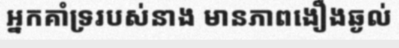
អ្នកគាំទ្ររបស់នាង មានភាពងឿងឆ្ងល់